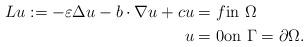
LaTeX: \begin{align*}Lu:=-\varepsilon \Delta u -b\cdot\nabla u+cu&=f\mbox{in}\,\, \Omega\\u&=0 \mbox{on}\,\, \Gamma= \partial \Omega. \end{align*}